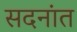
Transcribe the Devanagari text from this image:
सदनांत